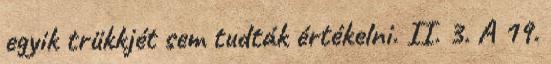
egyik trükkjét sem tudták értékelni. II. 3. A 19.